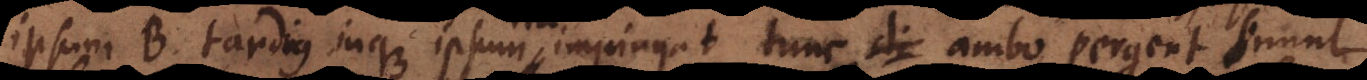
ipsum B tardius inque ipsum impingat tunc ambo pergent simul